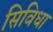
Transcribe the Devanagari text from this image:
सिविधा